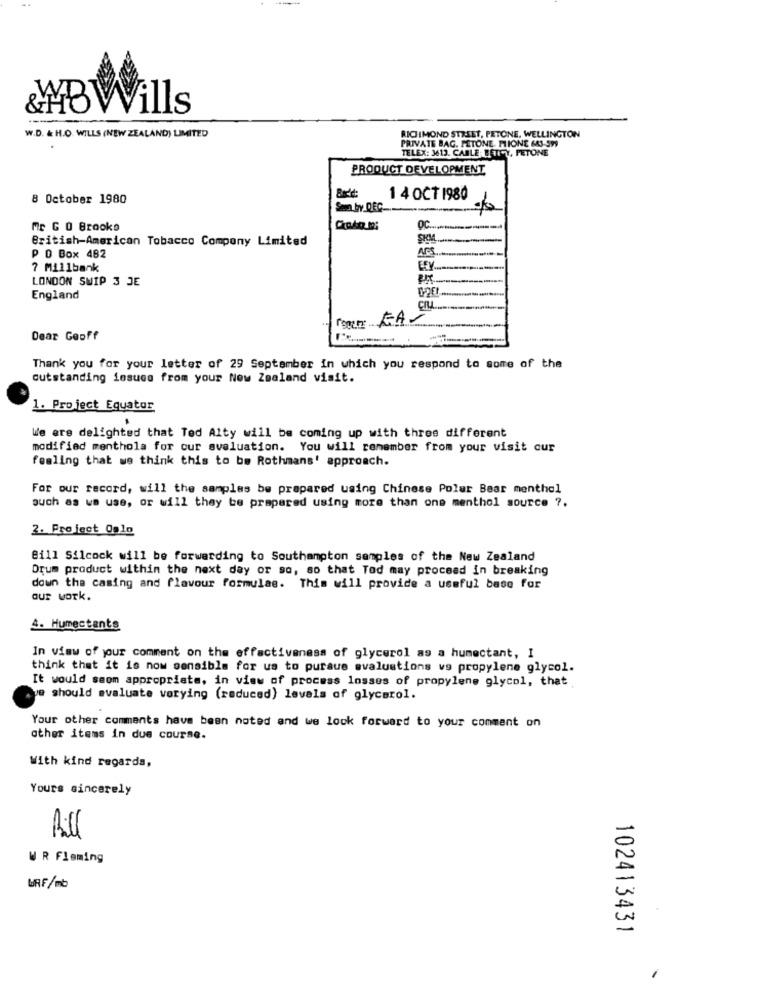
&MBWills
W.D. & H.O. WILLS (NEW ZEALAND) LIMITED
RICHMOND STRSET, PETONE, WELLINGTON
PRIVATE BAG. PETONE. PLIONE 643-599
TELEX: 3613. CABLE BENI-Y, PETONE
PRODUCT DEVELOPMENT
8 October 1980
14 OCT 1980
Sen by. DEC.
Mr G O Brooke
British-American Tobacco Company Limited
P O Box 482
7 Millbank
LONDON SWIP 3 JE
England
Dear Geoff
Thank you for your letter of 29 September in which you respond to some of the
outstanding iosuco from your New Zealand visit.
1. Project Equator
We are delighted that Ted Alty will be coming up with three different
modified menthola for our avaluation. You will remember from your visit our
feeling that we think this to be Rothmans' approach.
For our record, will the samples be prepared using Chinese Polar Bear menthol
such as we use, or will they be prepared using more than one menthol source ?.
2. Project Oglo
Bill Silcock will be forwarding to Southampton samples of the New Zealand
Drum product within the next day or so, so that Tod may proceed in breaking
down the casing and flavour formulae. This will provide a useful base for
our work.
4. Humectante
In view of your comment on the effectiveness of glycerol as a humectant, I
think that it is now sensible for us to pursue evaluations vs propylene glycol.
It would seom appropriate, in view of process losses of propylene glycol, that
ve should evaluate verying (reduced) levels of glycerol.
Your other comments have been noted and we look forward to your comment on
other items in due course.
With kind regards,
Yours sincerely
Bill
W R Fleming
WRF/mb
102413431